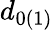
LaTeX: d_{0(1)}